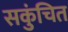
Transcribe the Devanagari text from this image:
सकुंचित